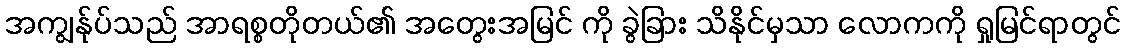
အကျွန်ုပ်သည် အာရစ္စတိုတယ်၏ အတွေးအမြင် ကို ခွဲခြား သိနိုင်မှသာ လောကကို ရှုမြင်ရာတွင်